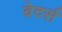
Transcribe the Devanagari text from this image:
वेदर्स